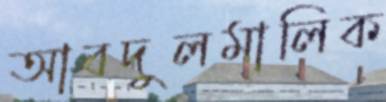
আবদুলমালিক